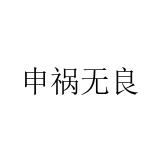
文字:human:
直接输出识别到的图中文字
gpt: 申祸无良